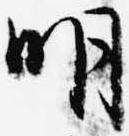
明